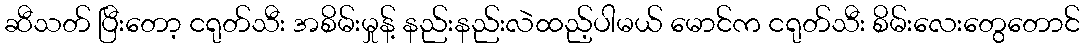
ဆီသတ် ပြီးတော့ ငရုတ်သီး အစိမ်းမှုန့် နည်းနည်းလဲထည့်ပါမယ် မောင်က ငရုတ်သီး စိမ်းလေးတွေတောင်